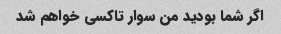
اگر شما بودید من سوار تاکسی خواهم شد